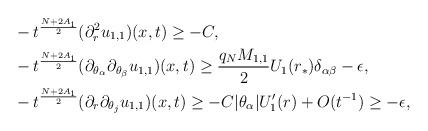
LaTeX: \begin{align*} & -t^{\frac{N+2A_1}{2}}(\partial_r^2u_{1,1})(x,t)\ge -C,\\ & -t^{\frac{N+2A_1}{2}}(\partial_{\theta_\alpha}\partial_{\theta_\beta}u_{1,1})(x,t)\ge\frac{q_NM_{1,1}}{2}U_1(r_*)\delta_{\alpha\beta}-\epsilon,\\ & -t^{\frac{N+2A_1}{2}}(\partial_r\partial_{\theta_j}u_{1,1})(x,t)\ge- C|\theta_\alpha|U_1'(r)+O(t^{-1})\ge-\epsilon,\end{align*}